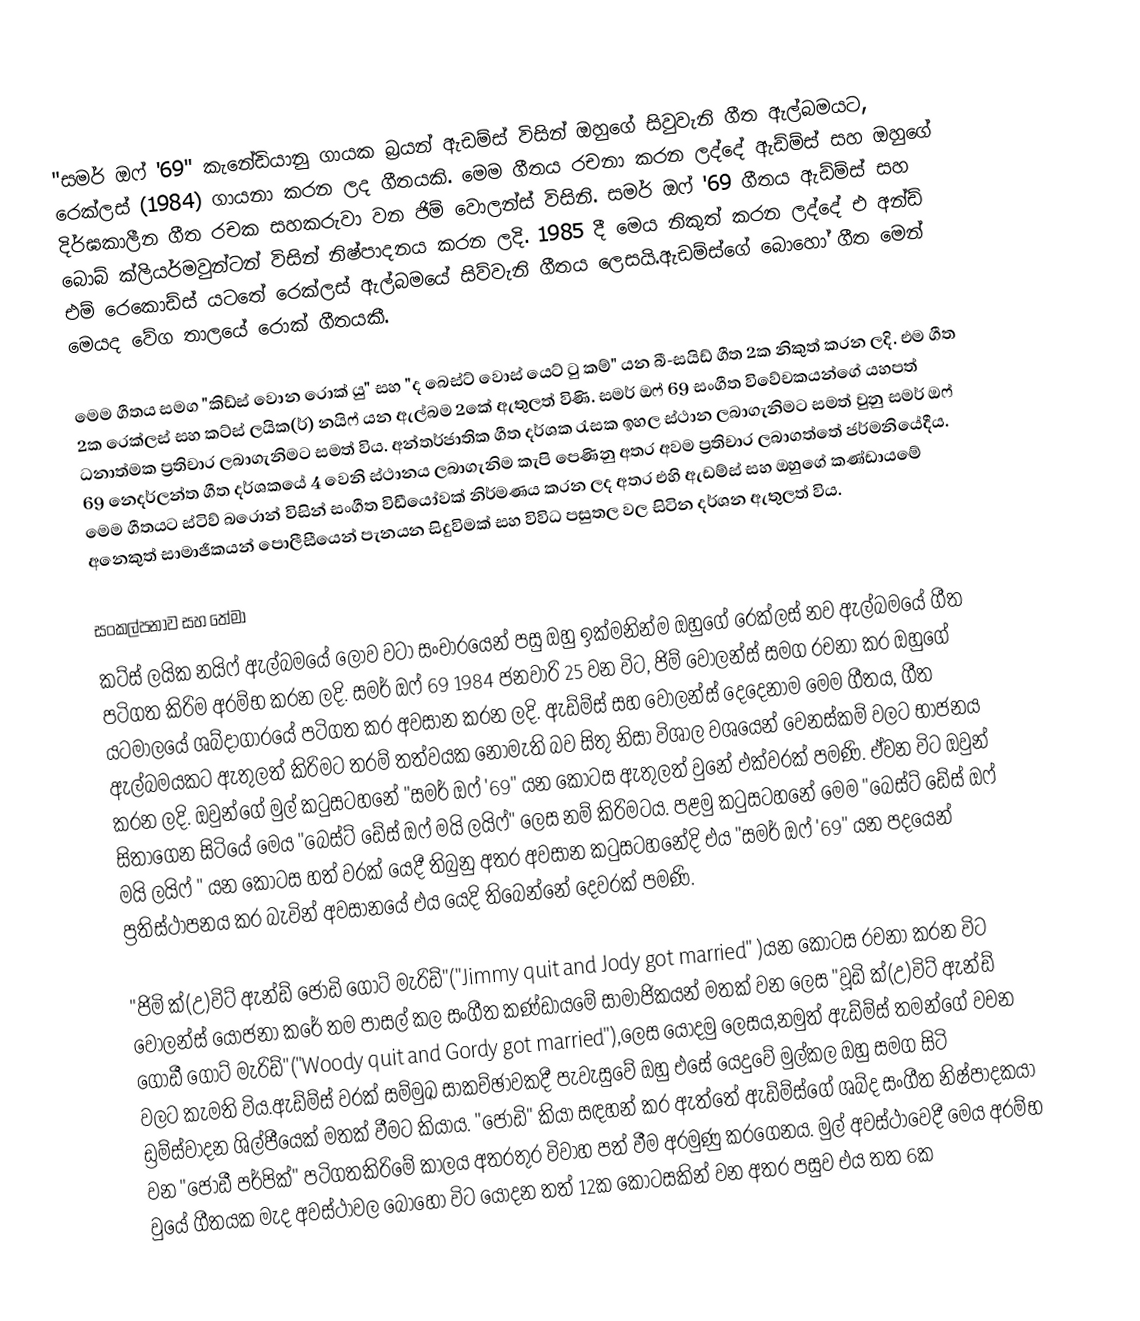
"සමර් ඔෆ් '69" කැනේඩියානු ගායක බ්‍රයන් ඇඩම්ස් විසින් ඔහුගේ සිවුවැනි ගීත ඇල්බමයට, රෙක්ලස් (1984) ගායනා කරන ලද ගීතයකි. මෙම ගීතය රචනා කරන ලද්දේ ඇඩ්ම්ස් සහ ඔහුගේ දිර්ඝකාලීන ගීත රචක සහකරුවා වන  ජිම් වොලන්ස් විසිනි. සමර් ඔෆ් '69 ගීතය ඇඩ්ම්ස් සහ  බොබ් ක්ලියර්මවුන්ටන්  විසින් නිෂ්පාදනය කරන ලදි. 1985 දී මෙය නිකුත් කරන ලද්දේ  එ අන්ඩ් එම් රෙකොඩ්ස්  යටතේ රෙක්ලස් ඇල්බමයේ සිව්වැනි ගීතය ලෙසයි.ඇඩම්ස්ගේ බොහෝ ගීත මෙන් මෙයද වේග තාලයේ  රොක් ගීතයකී.

මෙම ගීතය සමග "කිඩ්ස් වොන රොක් යු" සහ "ද බෙස්ට් වොස් යෙට් ටු කම්" යන​   බී-සයිඩ් ගීත 2ක නිකුත් කරන ලදි. එම ගීත 2ක රෙක්ලස් සහ කට්ස් ලයික(ර්) නයිෆ් යන ඇල්බම 2කේ ඇතුලත් විණි. සමර් ඔෆ් 69 සංගීත විවේචකයන්ගේ යහපත් ධනාත්මක ප්‍රතිචාර ලබාගැනිමට සමත් විය​. අන්තර්ජාතික ගීත දර්ශක රැසක ඉහල ස්ථාන ලබාගැනිමට සමත් වුනු සමර් ඔෆ් 69  නෙදර්ලන්ත ගීත දර්ශකයේ 4 වෙනි ස්ථානය ලබාගැනිම කැපි පෙණිනු අතර අවම ප්‍රතිචාර ලබාගත්තේ ජර්මනියේදීය​. මෙම ගීතයට ස්ටිව් බරොන් විසින් සංගීත විඩීයෝවක් නිර්මණය කරන ලද අතර එහි ඇඩම්ස් සහ ඔහුගේ කණ්ඩායමේ අනෙකුත් සාමාජිකයන් පොලීසීයෙන් පැනයන සිදුවිමක් සහ​ විවිධ පසුතල වල සිටින දර්ශන ඇතුලත් විය​.

සංකල්පනාව සහ තේමා
කට්ස් ලයික නයිෆ් ඇල්බමයේ ලොව වටා සංචාරයෙන් පසු ඔහු ඉක්මනින්ම ඔහුගේ රෙක්ලස් නව ඇල්බමයේ ගීත පටිගත කිරිම අරම්භ කරන ලදි. සමර් ඔෆ් 69 1984 ජනවාරි 25 වන විට, ජිම් වොලන්ස් සමග රචනා කර ඔහුගේ යටමාලයේ ශබ්දාගාරයේ පටිගත කර අවසාන කරන ලදි. ඇඩ්ම්ස් සහ වොලන්ස් දෙදෙනාම මෙම ගීතය, ගීත ඇල්බමයකට ඇතුලත් කිරිමට තරම් තත්වයක නොමැති බව සිතු නිසා විශාල වශයෙන් වෙනස්කම් වලට භාජනය කරන ලදි. ඔවුන්ගේ මුල් කටුසටහනේ "සමර් ඔෆ් '69" යන කොටස ඇතුලත් වුනේ එක්වරක් පමණි. ඒවන විට ඔවුන් සිතාගෙන සිටියේ මෙය "බෙස්ට් ඩේස් ඔෆ් මයි ලයිෆ්" ලෙස නම් කිරිමටය​. පළමු කටුසටහනේ මෙම "බෙස්ට් ඩේස් ඔෆ් මයි ලයිෆ් " යන කොටස හත් වරක් යෙදී තිබුනු අතර අවසාන කටුසටහනේදි එය "සමර් ඔෆ් '69" යන පදයෙන් ප්‍රතිස්ථාපනය කර බැවින් අවසානයේ එය යෙදි තිබෙන්නේ දෙවරක් පමණි.

"ජිමි ක්(උ)විට් ඇන්ඩ් ජෝඩි ගොට් මැරිඩ්"("Jimmy quit and Jody got married" )යන කොටස රචනා කරන විට වොලන්ස් යෝජනා කරේ තම පාසල් කල සංගීත කණ්ඩායමේ සාමාජිකයන් මතක් වන ලෙස​ "වූඩි ක්(උ)විට් ඇන්ඩ් ගෝඩී ගොට් මැරිඩ්"("Woody quit and Gordy got married"),ලෙස යොදමු ලෙසය​,නමුත් ඇඩ්ම්ස් තමන්ගේ වචන වලට කැමති විය​.ඇඩ්ම්ස් වරක් සම්මුඛ සාකච්ඡාවකදී පැවැසුවේ ඔහු එසේ යෙදුවේ මුල්කල ඔහු සමග සිටි ඩ්‍රම්ස්වාදන ශිල්පීයෙක් මතක් වීමට කියාය​. "ජෝඩි" කියා සඳහන් කර ඇත්තේ ඇඩ්ම්ස්ගේ ශබ්ද සංගීත නිෂ්පාදකයා වන "ජෝඩී පර්පික්" පටිගතකිරිමේ කාලය අතරතුර විවාහ පත් වීම අරමුණු කරගෙනය​. මුල් අවස්ථාවෙදී මෙය අරම්භ වුයේ ගීතයක මැද අවස්ථාවල බොහො විට යොදන තත් 12ක කොටසකින් වන අතර පසුව එය තත 6ක